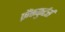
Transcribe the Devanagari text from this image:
फ्रैंकफुर्टर्स